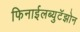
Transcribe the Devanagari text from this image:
फिनाईलब्युटॅझोन